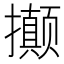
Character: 𭣇